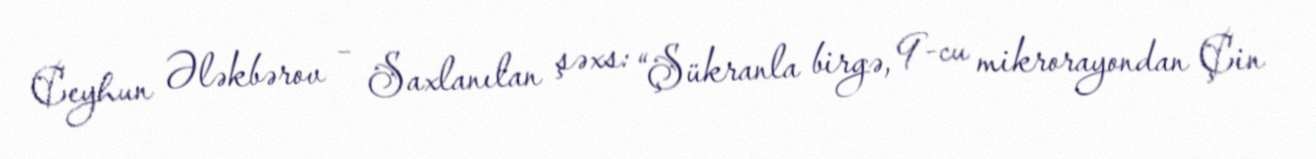
Ceyhun Ələkbərov – Saxlanılan şəxs: “Şükranla birgə, 9-cu mikrorayondan Çin